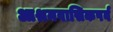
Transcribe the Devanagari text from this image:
आश्रमवासिकपर्व